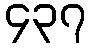
၄၃၇